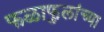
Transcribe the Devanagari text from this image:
फळाफुलांच्या